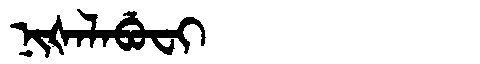
Manchu: ᠨᡳᡧᠠᠯᠠᠪᡠᠸᡳ
Romanization: NIŠALABUFI